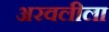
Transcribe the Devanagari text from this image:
अरवलीला